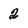
Character: 2